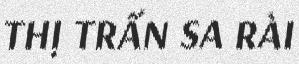
THỊ TRẤN SA RÀI